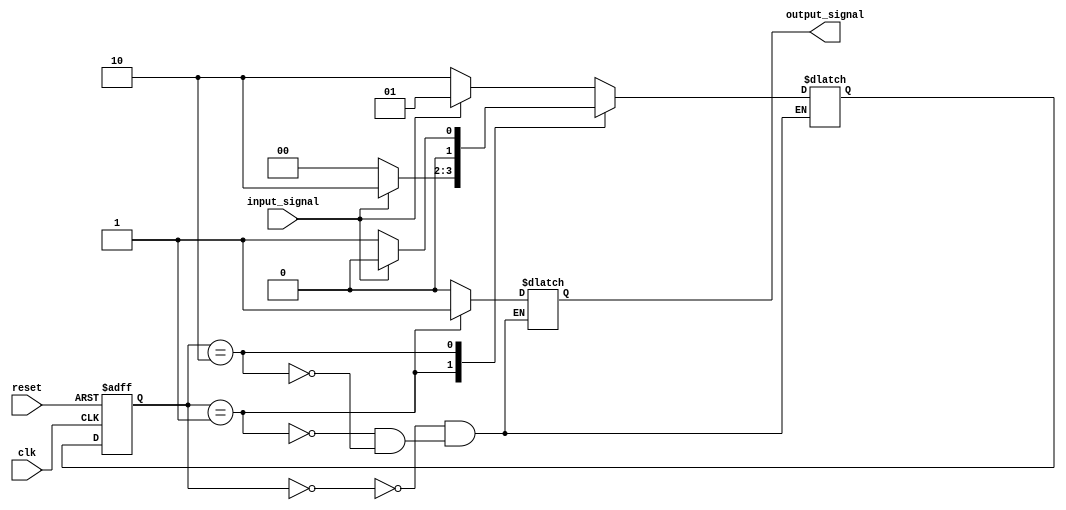
module fsm(
    input wire clk,
    input wire reset,
    input wire input_signal,
    output reg output_signal
);

// Define states
parameter STATE_A = 2'b00;
parameter STATE_B = 2'b01;
parameter STATE_C = 2'b10;

// Define current state register
reg [1:0] current_state, next_state;

// State transition rules
always @ (posedge clk or posedge reset)
begin
    if (reset)
        current_state <= STATE_A;
    else
        current_state <= next_state;
end

// Next state logic
always @ (*)
begin
    case (current_state)
        STATE_A: begin
            if (input_signal)
                next_state = STATE_B;
            else
                next_state = STATE_C;
        end
        STATE_B: begin
            if (input_signal)
                next_state = STATE_C;
            else
                next_state = STATE_A;
        end
        STATE_C: begin
            if (input_signal)
                next_state = STATE_A;
            else
                next_state = STATE_B;
        end
    endcase
end

// Output signals representing actions in each state
always @ (*)
begin
    case (current_state)
        STATE_A: output_signal = 1'b0;
        STATE_B: output_signal = 1'b1;
        STATE_C: output_signal = 1'b0;
    endcase
end

endmodule